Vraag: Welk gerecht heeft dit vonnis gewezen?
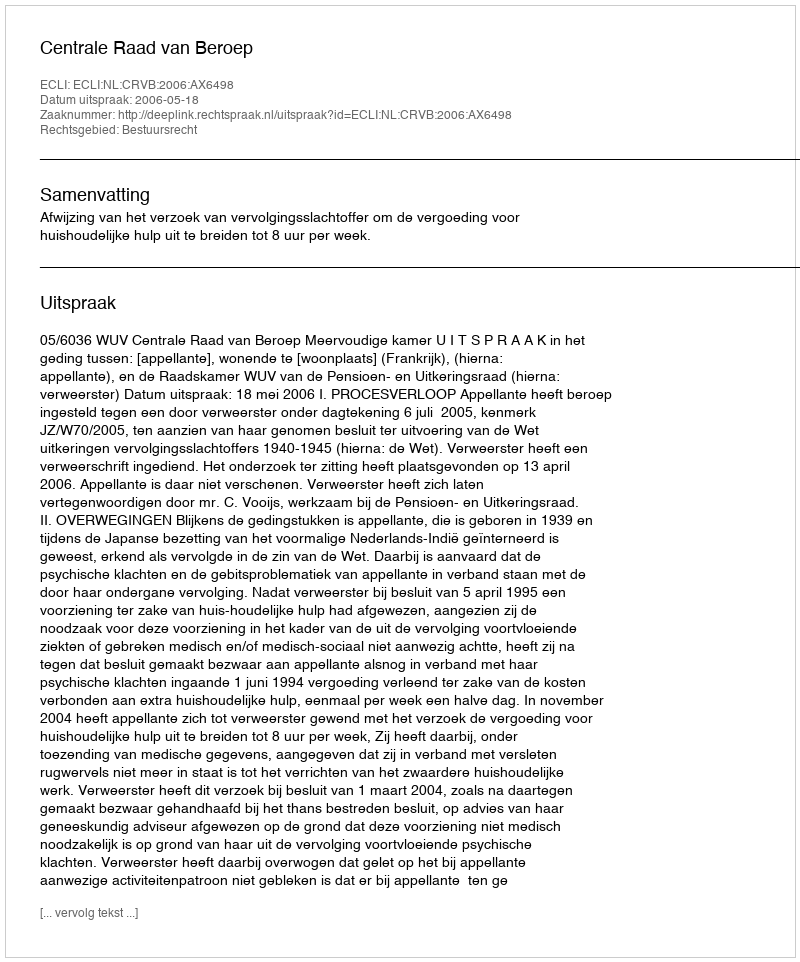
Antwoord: Centrale Raad van Beroep